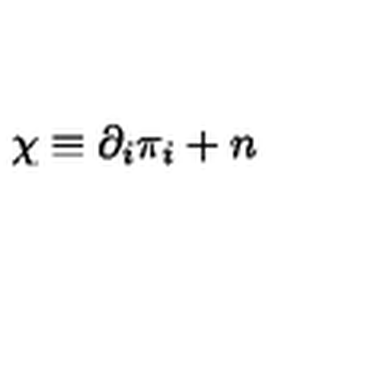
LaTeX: \chi \equiv \partial _ { i } \pi _ { i } + n